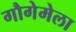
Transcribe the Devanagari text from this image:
गौगेमेला